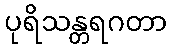
ပုရိသန္တရဂတာ